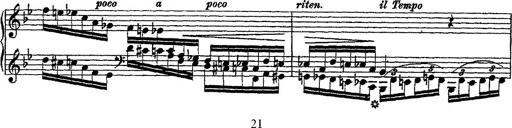
Title: Fantaisie romantique sur deux mÃ©lodies suisses
Composer: Franz Liszt